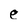
Character: e